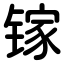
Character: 镓